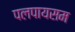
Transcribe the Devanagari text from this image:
पलपायसम